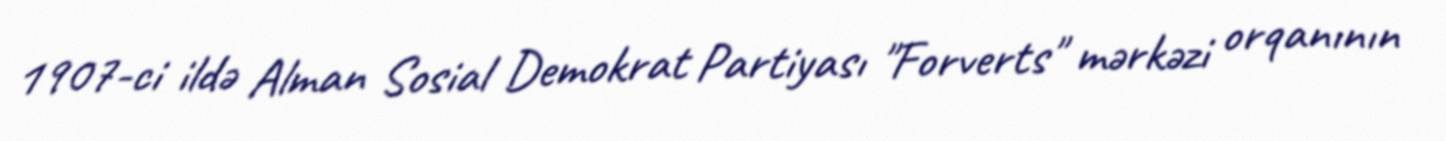
1907-ci ildə Alman Sosial Demokrat Partiyası "Forverts" mərkəzi orqanının